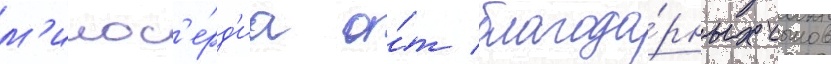
м'илос'е́рд'иа о́т благода́рных сынов